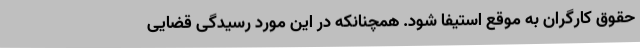
حقوق کارگران به موقع استیفا شود. همچنانکه در این مورد رسیدگی قضایی